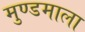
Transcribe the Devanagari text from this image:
मुण्डमाला